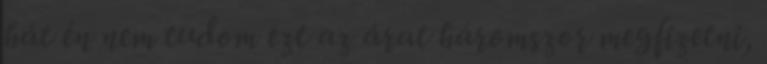
hát én nem tudom ezt az árat háromszor megfizetni,